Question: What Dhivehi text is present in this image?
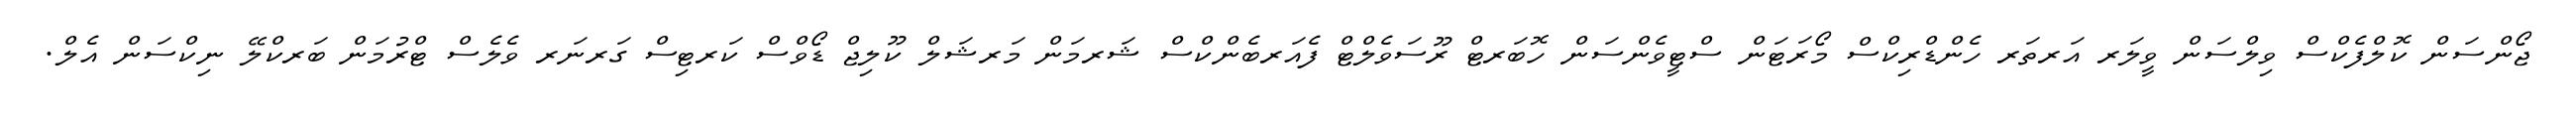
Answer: ޖޯންސަން ކޮލްފެކްސް ވިލްސަން ވީލަރ އަރތަރ ހެންޑްރިކްސް މޯރަޓަން ސްޓީވެންސަން ހޮބަރޓް ރޫސަވެލްޓް ފެއަރބެންކްސް ޝަރމަން މަރޝަލް ކޫލިޖް ޑޯވްސް ކަރޓިސް ގަރނަރ ވެލެސް ޓްރުމަން ބަރކްލޭ ނިކްސަން އެލް.